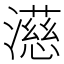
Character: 濨